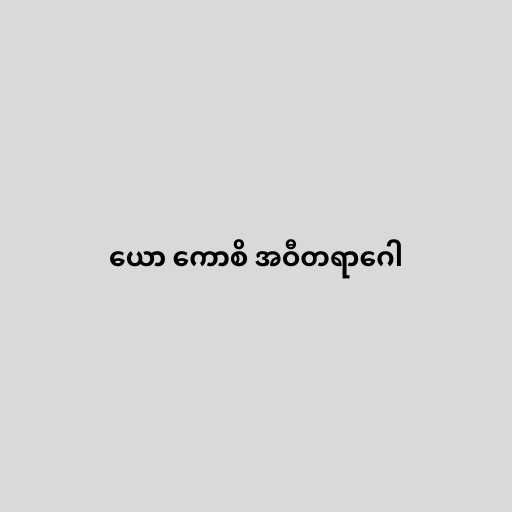
ယော ကောစိ အဝီတရာဂေါ